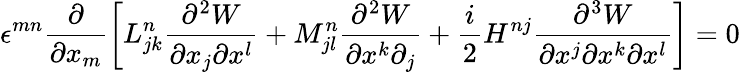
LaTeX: \epsilon^{mn}\displaystyle\frac{\partial}{\partial x_{m}}\left[L_{jk}^{n}\frac{\partial^{2}W}{\partial x_{j}\partial x^{l}}+M_{jl}^{n}\frac{\partial^{2}W}{\partial x^{k}\partial_{j}}+\frac{i}{2}H^{nj}\frac{\partial^{3}W}{\partial x^{j}\partial x^{k}\partial x^{l}}\right]=0